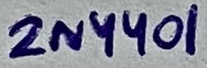
Text: 2N4401